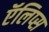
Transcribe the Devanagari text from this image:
ऍलिप्स